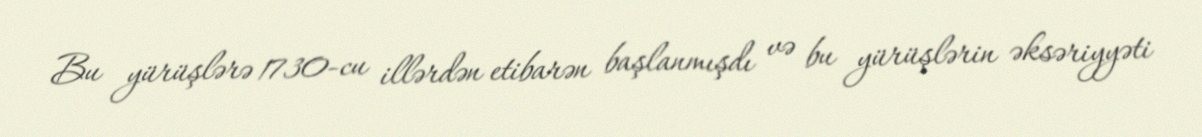
Bu yürüşlərə 1730-cu illərdən etibarən başlanmışdı və bu yürüşlərin əksəriyyəti